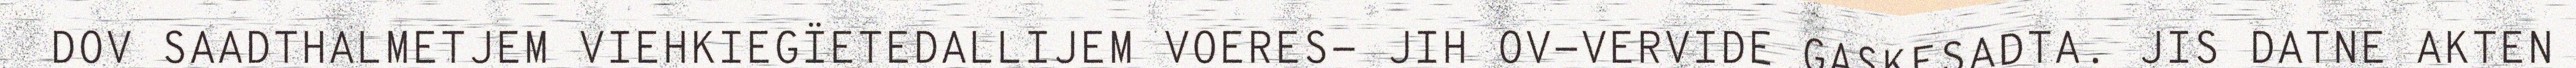
DOV SAADTHALMETJEM VIEHKIEGÏETEDALLIJEM VOERES- JIH OV-VERVIDE GASKESADTA. JIS DATNE AKTEN